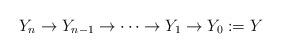
LaTeX: \begin{align*}Y_n \to Y_{n-1} \to \cdots \to Y_1 \to Y_0 := Y\end{align*}